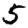
Digit: 5